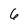
Character: 6